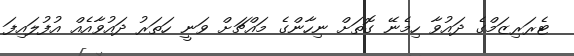
ޓެރަރިޒަމްގެ ދައުވާ ހިމެނޭ ގޮތަށް ނިހާންގެ މައްޗަށް ވަނީ ހަތަރު ދައުވާއެއް އުފުލައިފަ